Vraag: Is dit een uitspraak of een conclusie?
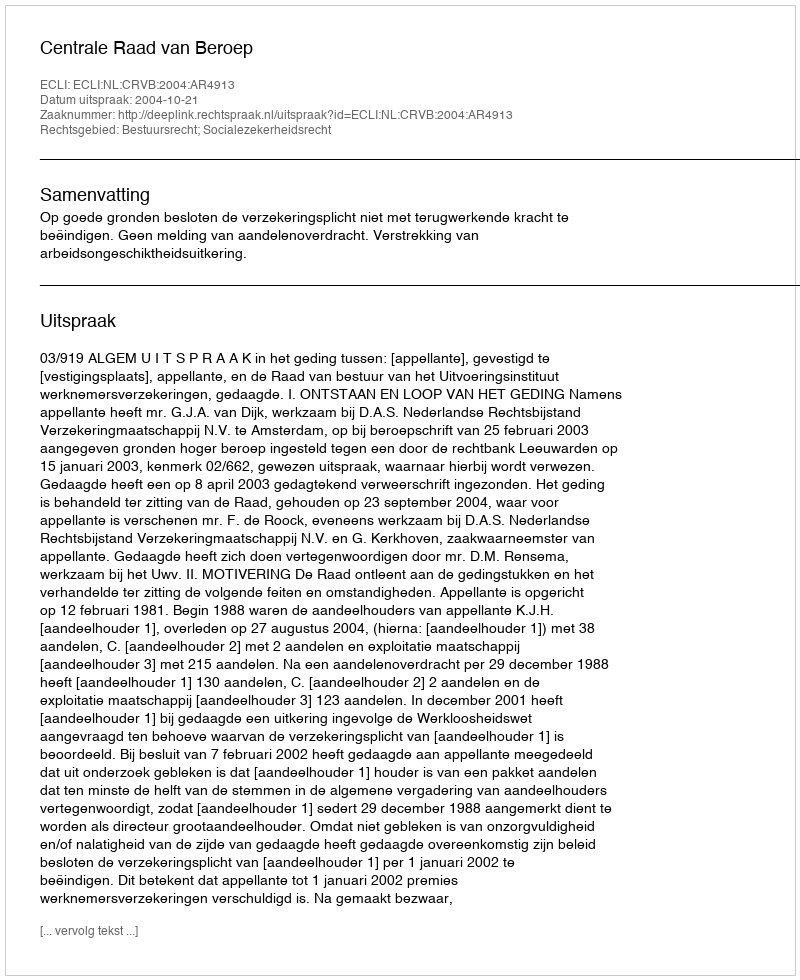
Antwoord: Uitspraak